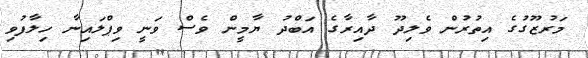
މަރުޒޫގުގެ އިތުރުން ވެލިދޫ ދާއިރާގެ އަބްދު ޔާމީން ވެސް ވަނީ ވިޕްލައިނާ ހިލާފުވި